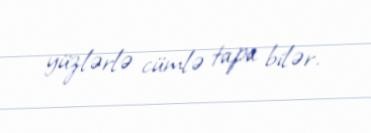
yüzlərlə cümlə tapa bilər.